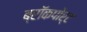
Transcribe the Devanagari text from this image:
ब्रॉकपोर्ट